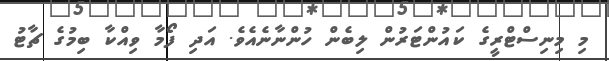
މި މިނިސްޓްރީގެ ކައުންޓަރުން ލިބެން ހުންނާނެއެވެ. އަދި ފޯމާ ވިއްކާ ބިމުގެ ޗާޓު